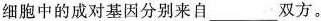
细胞中的成对基因分别来自___双方。